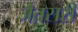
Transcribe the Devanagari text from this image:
जैतसरी